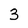
Character: 3